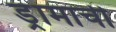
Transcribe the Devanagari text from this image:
ड्रामाची